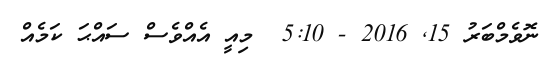
ނޮވެމްބަރު 15